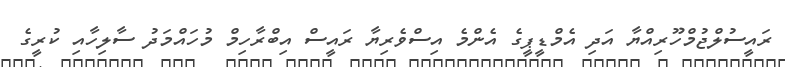
ރައީސުލްޖުމްހޫރިއްޔާ އަދި އެމްޑީޕީގެ އެންމެ އިސްވެރިޔާ ރައީސް އިބްރާހިމް މުހައްމަދު ސާލިހާއި ކުރީގެ